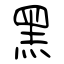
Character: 黑